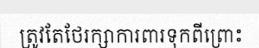
ត្រូវតែថែរក្សាការពារទុកពីព្រោះ